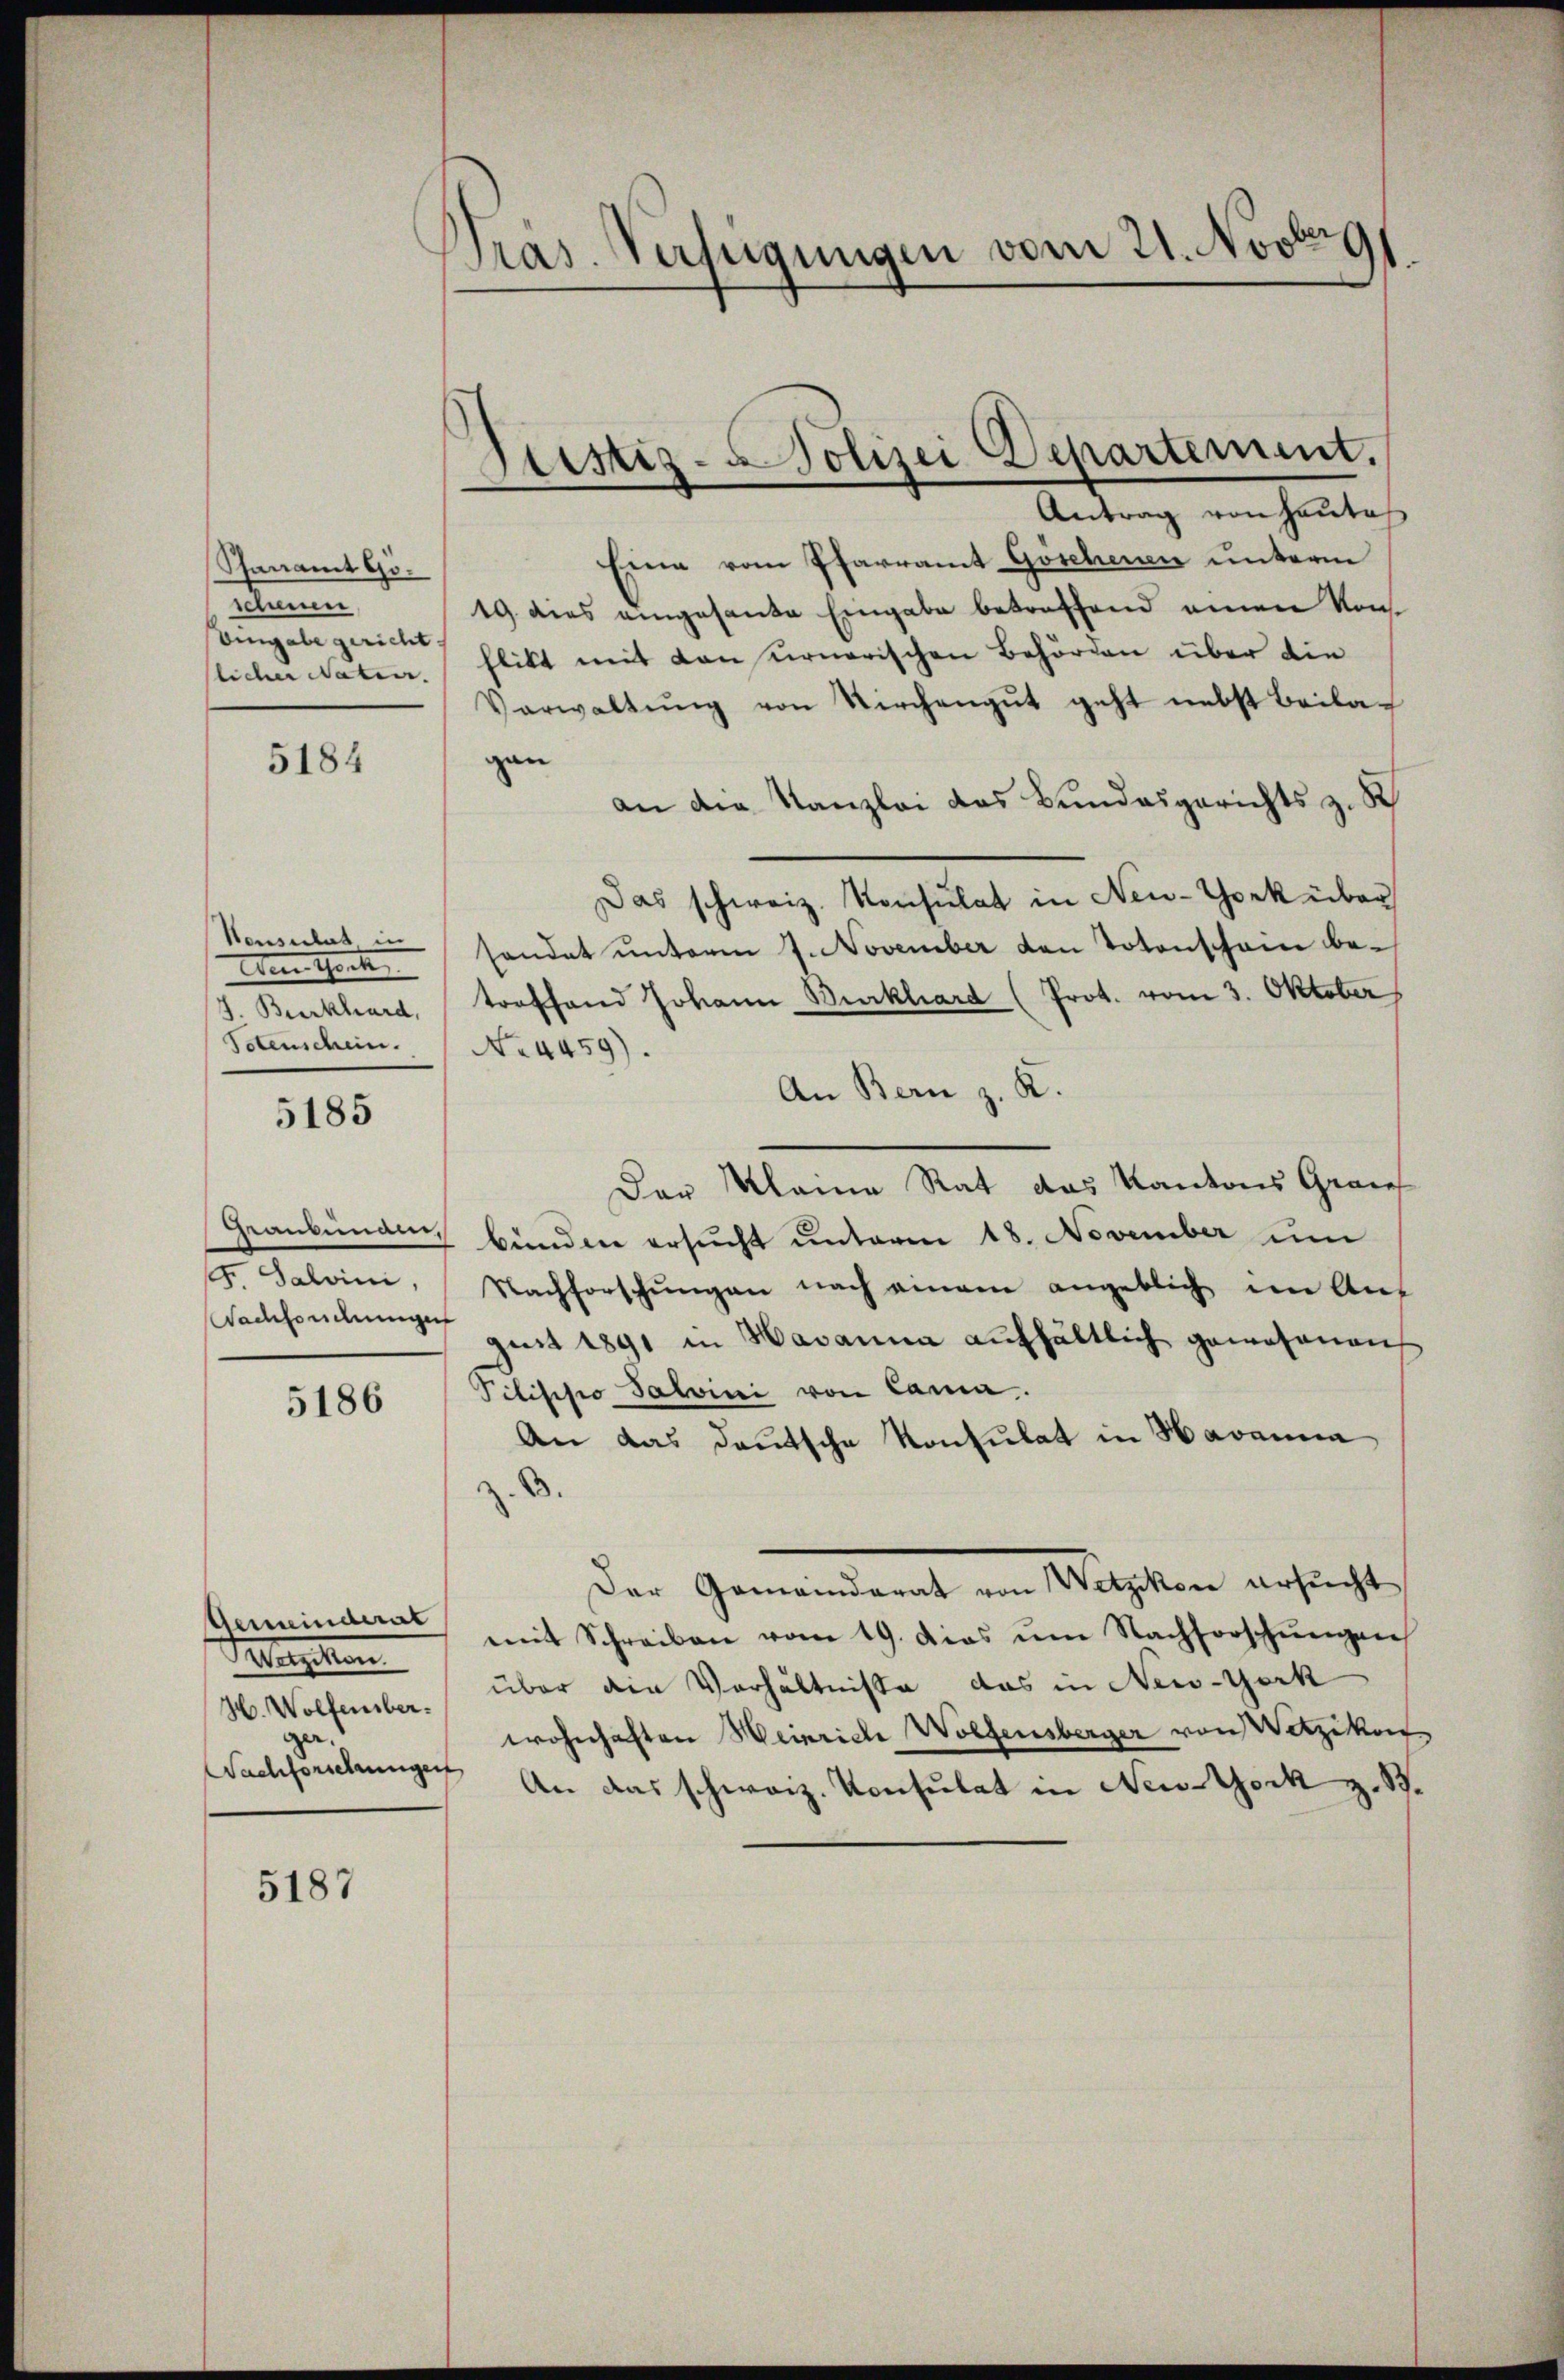
Sanamt Göschnen
Eingabe gericht.
licher Nater. |

5184

Pensitas in
Den Garte
J. Burkhard,
Totenschein.

5185

Grankenann
. Salvini,
Nachfordungen

5186

Gemeinderat
Telegten
H. Wolfensber
¬
Wachforschungen

5187

Pras. Verfügungen vom 21. Novbr. 91.

Justiz-Polizei Departement.

Antrag von Hauto
Eine vom Pfarramt Göschenen unterm
19. dies eingesante Eingabe betreffend einen Konflikt mit den urnerischen Behörden über die
Verwaltŭng von Kirchengŭt geht nebst Beilagan
an die Kanzlei das Bundesgerichts z. B.
Das schweiz. Konsulat in New-York über
sendet unterm 7. November den Totenschain be-
treffend Johann Burkhard (Prot. vom 3. Oktober
No. 4459).
An Bern z. R.
Der Kleine Rat das Kantons Grau
bünden ersŭcht ŭnterm 18. November um
Nachforschungen nach einem angeblich im Aus
gust 1891 in Havanna aufhältlich gewesenen
Pilischo Salvini von Camia.
An das deutsche Konsulat in Havanna
B
Der Gemeinderat von Wetzikon ersŭcht
mit Schreiben vom 19. das ŭm Nachforschŭngen
über die Verhältnisse das in New-York
wohnhaften Heinriche Wolfensberger von Wetzikon
An das schweiz. Konsulat in New-York z. B.